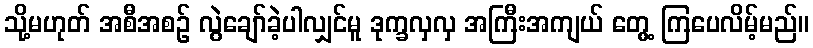
သို့မဟုတ် အစီအစဉ် လွဲချော်ခဲ့ပါလျှင်မူ ဒုက္ခလှလှ အကြီးအကျယ် တွေ့ ကြပေလိမ့်မည်။